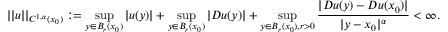
| | u | | _ { C ^ { 1 , \alpha } ( x _ { 0 } ) } : = \operatorname* { s u p } _ { y \in B _ { r } ( x _ { 0 } ) } | u ( y ) | + \operatorname* { s u p } _ { y \in B _ { r } ( x _ { 0 } ) } | D u ( y ) | + \operatorname* { s u p } _ { y \in B _ { r } ( x _ { 0 } ) , r > 0 } \frac { | D u ( y ) - D u ( x _ { 0 } ) | } { | y - x _ { 0 } | ^ { \alpha } } < \infty .